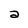
Character: a